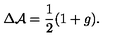
\Delta { \cal A } = \frac { 1 } { 2 } ( 1 + g ) .